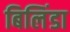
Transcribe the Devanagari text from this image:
बिलिंडा